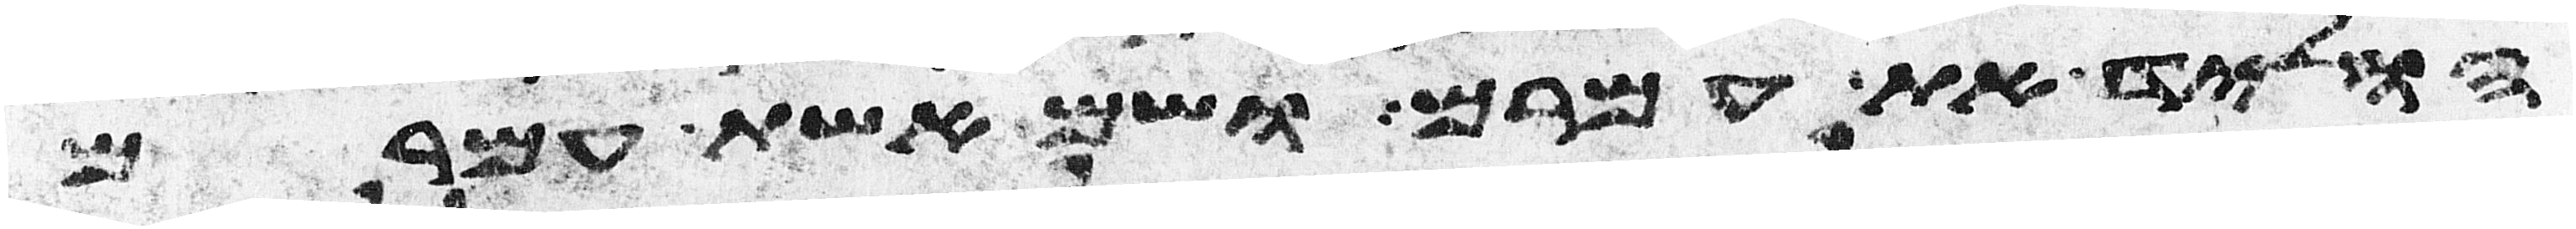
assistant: הוליד את עמרם ושם אשת עמרם